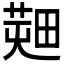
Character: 𤲱